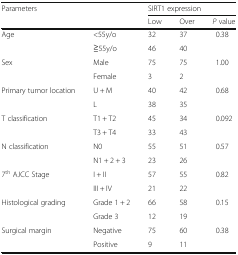
<table><thead><tr><td rowspan="2" colspan="2"><b>Parameters</b></td><td colspan="3"><b>SIRT1 expression</b></td></tr><tr><td><b>Low</b></td><td><b>Over</b></td><td><b><i>P</i> value</b></td></tr></thead><tbody><tr><td rowspan="2">Age</td><td>&lt;55y/o</td><td>32</td><td>37</td><td>0.38</td></tr><tr><td>≧55y/o</td><td>46</td><td>40</td><td></td></tr><tr><td rowspan="2">Sex</td><td>Male</td><td>75</td><td>75</td><td>1.00</td></tr><tr><td>Female</td><td>3</td><td>2</td><td></td></tr><tr><td rowspan="2">Primary tumor location</td><td>U + M</td><td>40</td><td>42</td><td>0.68</td></tr><tr><td>L</td><td>38</td><td>35</td><td></td></tr><tr><td rowspan="2">T classification</td><td>T1 + T2</td><td>45</td><td>34</td><td>0.092</td></tr><tr><td>T3 + T4</td><td>33</td><td>43</td><td></td></tr><tr><td rowspan="2">N classification</td><td>N0</td><td>55</td><td>51</td><td>0.57</td></tr><tr><td>N1 + 2 + 3</td><td>23</td><td>26</td><td></td></tr><tr><td rowspan="2">7<sup>th</sup> AJCC Stage</td><td>I + II</td><td>57</td><td>55</td><td>0.82</td></tr><tr><td>III + IV</td><td>21</td><td>22</td><td></td></tr><tr><td rowspan="2">Histological grading</td><td>Grade 1 + 2</td><td>66</td><td>58</td><td>0.15</td></tr><tr><td>Grade 3</td><td>12</td><td>19</td><td></td></tr><tr><td rowspan="2">Surgical margin</td><td>Negative</td><td>75</td><td>60</td><td>0.38</td></tr><tr><td>Positive</td><td>9</td><td>11</td><td></td></tr></tbody></table>